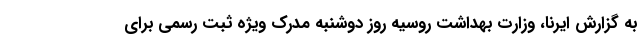
به گزارش ایرنا، وزارت بهداشت روسیه روز دوشنبه مدرک ویژه ثبت رسمی برای